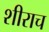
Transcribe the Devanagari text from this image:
शीराच